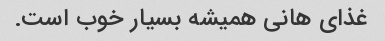
غذای هانی همیشه بسیار خوب است.